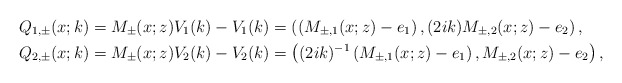
\begin{align*}&Q_{1, \pm} (x;k)=M_{\pm}(x;z) V_1(k)-V_1(k)=\left(\left(M_{\pm,1}(x;z)-e_1\right), (2ik)M_{\pm,2}(x;z)-e_2\right),\\&Q_{2, \pm}(x;k)=M_{\pm}(x;z) V_2(k)-V_2(k)=\left((2ik)^{-1}\left(M_{\pm,1}(x;z)-e_1\right), M_{\pm,2}(x;z)-e_2\right),\end{align*}